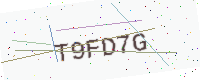
Text: T9FD7G